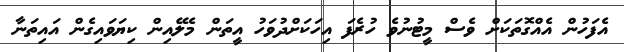
އެފަހުން އެއްގޮތަކަށް ވެސް މީޓުނުވެ ހުރެފަ އިހަކަށްދުވަހު އީތަން މެލޭއިން ކިޔަވައިގެން އައިތަނާ